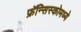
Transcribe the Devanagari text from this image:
फ्रॅन्सिस्कोमध्ये